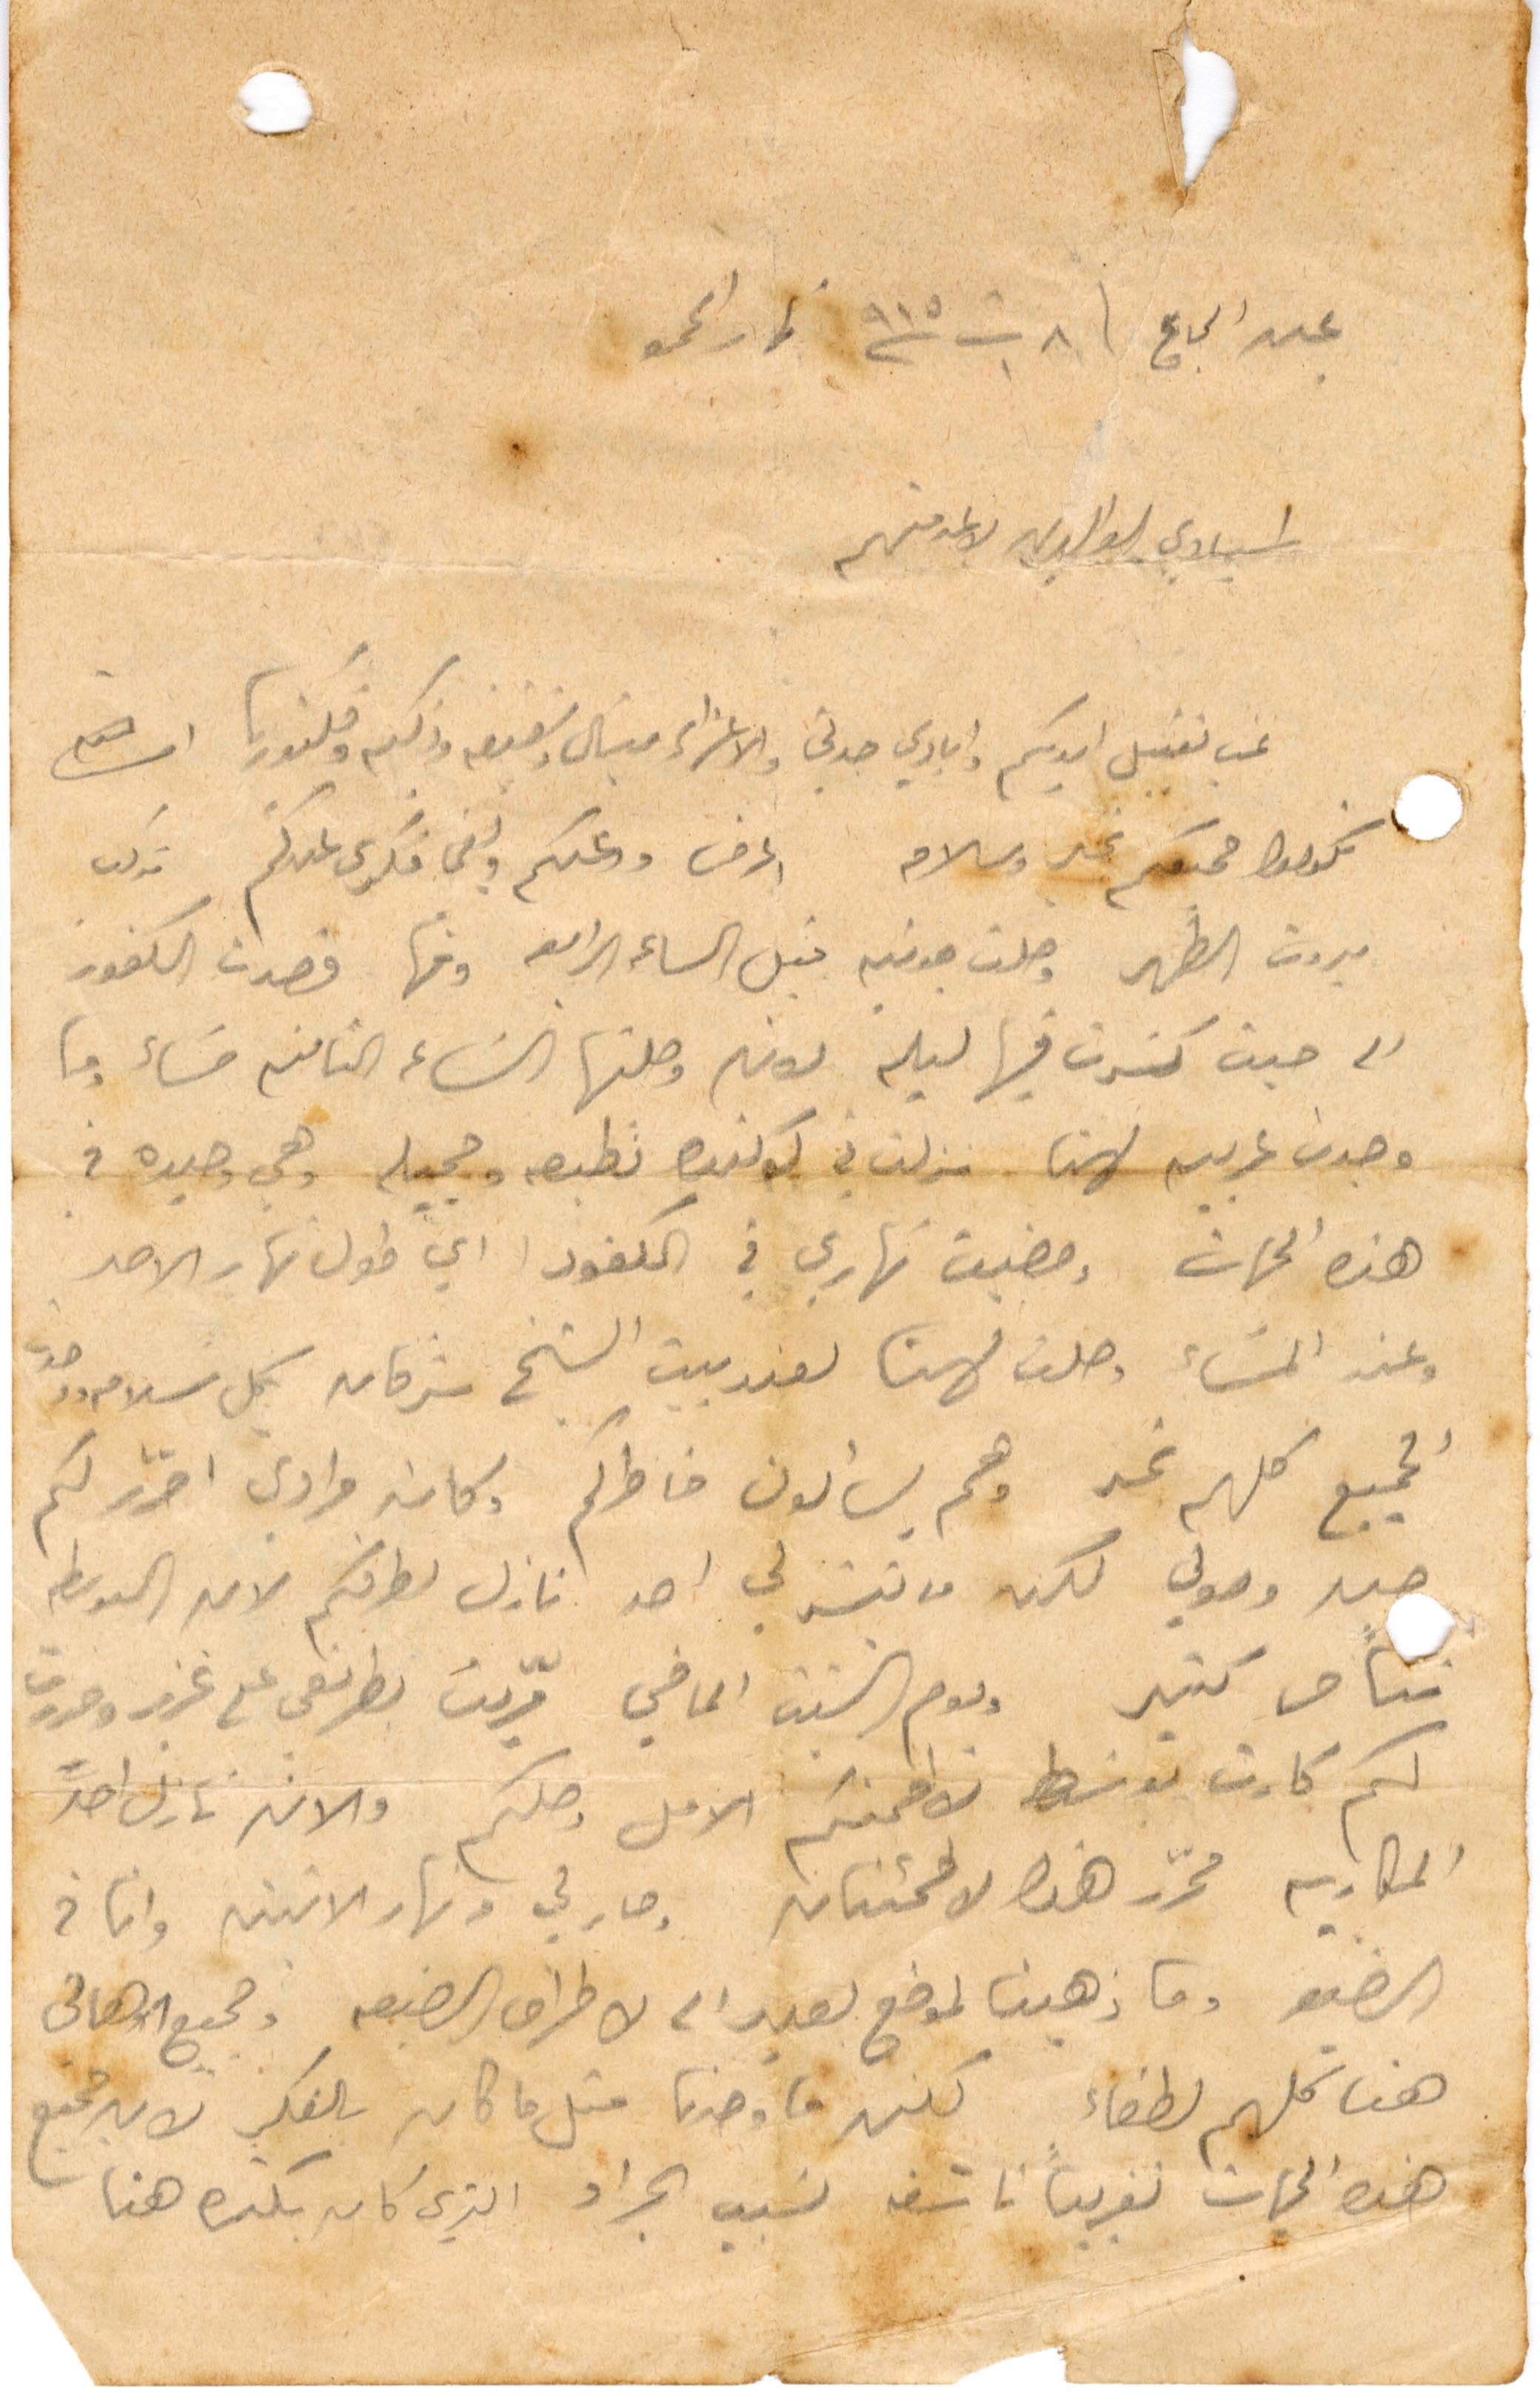
عبد الحاج في ٨ تشرين الأول ١٩١٥ نهار الجمعة
اسيادي الوالدين لا عز منهم
نحب تقبيل ايديكم وايادي جدتي والاعزاء ميشال وشفيقة وذكية وفكتوريا
تكونوا جميعكم بخير وسلام اعرف عنكم ولفي فكري عندكم مركب
بيروت الظهر وصلت جونيه قبل الساعة الرابعة ومنها قصدت الكفور
الى حيث كسرت فيها ليلة لون وصلتها الساعة الثامنة مساء وما
وجدت عربية لهن.نزلت في لوكندة نطبعه وحجيلخ وهي وحيدة في
هذه الجهات ومضيت نهاري في الكفور أي طول نهار الأحد
وعند المساء وصلنا لهنا لعند بين الشيخ شرفان بكل سلام وصلت
لجميع كلهم بخير وهم يسألون خاطركم وكان مرادي احرّر لكم
خبر وصولي لكن ما تيسر لي احد نازل لطرفكم لان البوسطة
تتأخر كتير ويوم السبت الماضي مرّيت بطرنعى مع غزير وحرررت
لكم كارب بوسطة لاطمنكم الأول وصلكم والان نازل احد
المكاريه محرر هذه للاطمئنان وصار لي من نهار الاثنين وانا في
الضيق وما ذهبت لموضع بعيد الا لاطراف الضيعة وجميع الأهالي
هنا لكهم لطفاء لكنّ ما وجدنا متل ما كان بالفكر لان جميع
هذه الجهات تقريبًا ناشفة بسبب الجراد الذي كان بكترة هنا